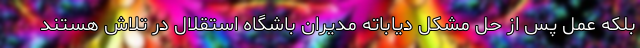
بلکه عمل پس از حل مشکل دیاباته مدیران باشگاه استقلال در تلاش هستند